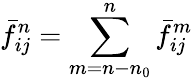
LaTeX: \bar{f}_{ij}^{n}=\sum_{m=n-n_{0}}^{n}\bar{f}_{ij}^{m}